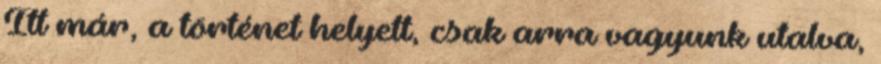
Itt már, a történet helyett, csak arra vagyunk utalva,